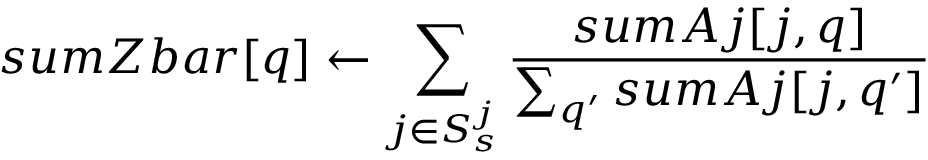
s u m Z b a r [ q ] \leftarrow \sum _ { j \in S _ { s } ^ { j } } \frac { s u m A j [ j , q ] } { \sum _ { q ^ { \prime } } s u m A j [ j , q ^ { \prime } ] }